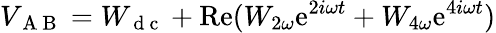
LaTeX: V_{\mathrm{~A~B~}}=W_{\mathrm{~d~c~}}+\mathrm{Re}(W_{2\omega}\mathrm{e}^{2i\omega t}+W_{4\omega}\mathrm{e}^{4i\omega t})